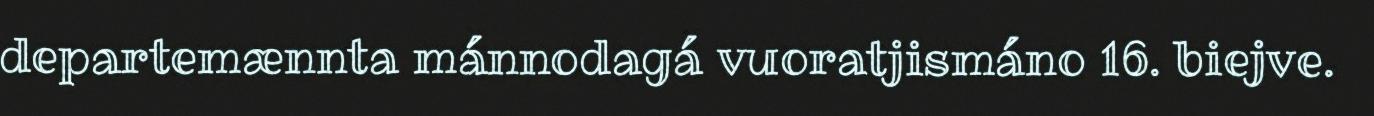
departemænnta mánnodagá vuoratjismáno 16. biejve.